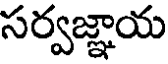
సర్వజ్ఞాయ